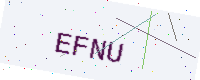
Text: EFNU